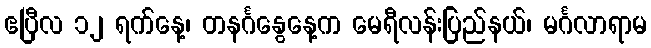
ဧပြီလ ၁၂ ရက်နေ့၊ တနင်္ဂနွေနေ့က မေရီလန်းပြည်နယ်၊ မင်္ဂလာရာမ